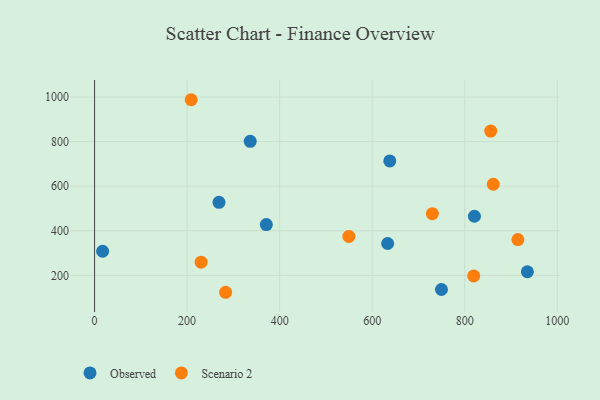
{"axis": {"x": "Study Hours", "y": "Profit"}, "legend": ["Observed", "Scenario 2"], "data": [{"x": "17.4", "y": 308.3, "type": "Observed"}, {"x": "336.4", "y": 801.5, "type": "Observed"}, {"x": "749.7", "y": 136.6, "type": "Observed"}, {"x": "371.2", "y": 427.9, "type": "Observed"}, {"x": "638.0", "y": 713.4, "type": "Observed"}, {"x": "821.0", "y": 465.3, "type": "Observed"}, {"x": "633.4", "y": 342.9, "type": "Observed"}, {"x": "268.9", "y": 527.8, "type": "Observed"}, {"x": "935.4", "y": 216.2, "type": "Observed"}, {"x": "230.3", "y": 259.1, "type": "Scenario 2"}, {"x": "730.1", "y": 476.8, "type": "Scenario 2"}, {"x": "283.2", "y": 124.2, "type": "Scenario 2"}, {"x": "856.2", "y": 847.3, "type": "Scenario 2"}, {"x": "549.6", "y": 374.5, "type": "Scenario 2"}, {"x": "914.9", "y": 360.6, "type": "Scenario 2"}, {"x": "208.8", "y": 987.9, "type": "Scenario 2"}, {"x": "861.7", "y": 608.8, "type": "Scenario 2"}, {"x": "819.4", "y": 197.6, "type": "Scenario 2"}]}